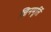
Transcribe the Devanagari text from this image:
जिनमूर्ति